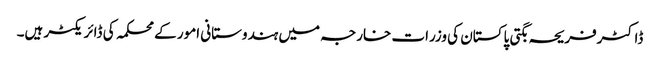
ڈاکٹرفریحہ بگتی پاکستان کی وزرات خارجہ میں ہندوستانی امور کے محکمہ کی ڈائریکٹر ہیں۔